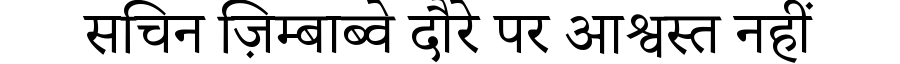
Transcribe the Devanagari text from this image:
सचिन ज़िम्बाब्वे दौरे पर आश्वस्त नहीं